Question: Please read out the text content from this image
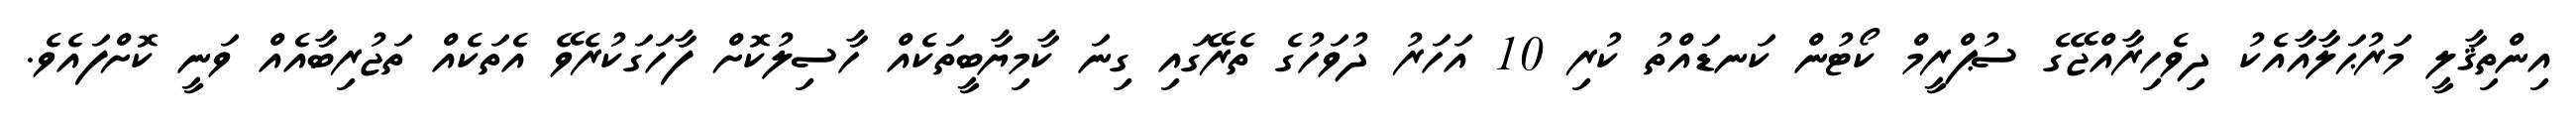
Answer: އިންތިޤާލީ މަރުޙަލާއާއެކު ދިވެހިރާއްޖޭގެ ސުޕްރީމް ކޯޓުން ކަނޑައްތު ކުރި 10 އަހަރު ދުވަހުގެ ތެރޭގައި ގިނަ ކާމިޔާބީތަކެއް ހާސިލުކޮށް ފާހަގަކުރެވޭ އެތަކެއް ތަޖުރިބާއެއް ވަނީ ކޮށްފައެވެ.